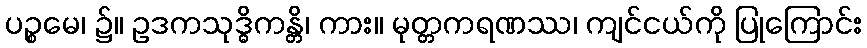
ပဉ္စမေ၊ ၌။ ဥဒကသုဒ္ဓိကန္တိ၊ ကား။ မုတ္တကရဏဿ၊ ကျင်ငယ်ကို ပြုကြောင်း